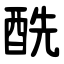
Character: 酰